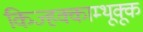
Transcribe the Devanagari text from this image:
किज्हक्काम्थूक्कू